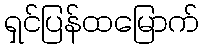
ရှင်ပြန်ထမြောက်